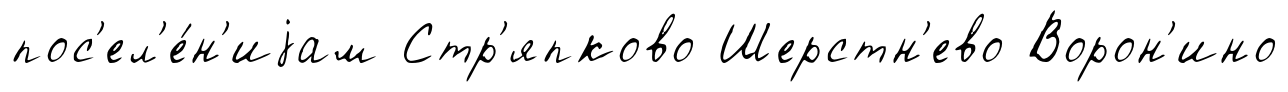
пос'ел'е́н'иjам Стр'япково Шерстн'ево Ворон'ино